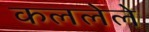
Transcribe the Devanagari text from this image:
कललेले